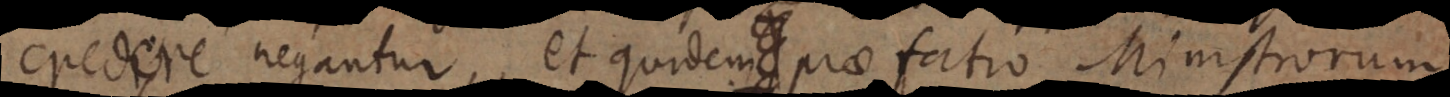
credere [negatur], et quidem praefatio Ministrorum